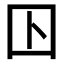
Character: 𡆥